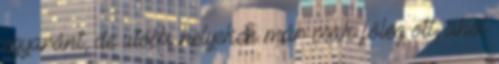
egyaránt, de utóbbi helyeken már csak főleg ott, ahol